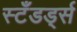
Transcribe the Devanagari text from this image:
स्टँडर्ड्स